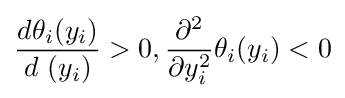
{\frac {d\theta _{i}(y_{i})}{d\ (y_{i})}}>0,{\partial ^{2} \over \partial y_{i}^{2}}\theta _{i}(y_{i})<0